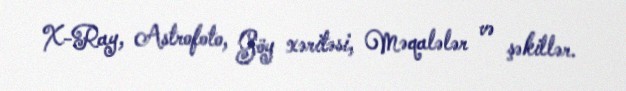
X-Ray, Astrofoto, Göy xəritəsi, Məqalələr və şəkillər.